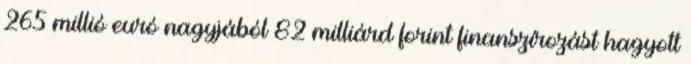
265 millió euró nagyjából 82 milliárd forint finanszírozást hagyott